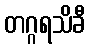
တဂ္ဂရသိခီ